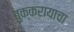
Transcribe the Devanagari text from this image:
बुक्करायाचा